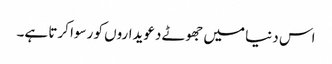
اس دنیا میں جھوٹے دعویداروں کو رسوا کرتا ہے۔